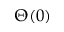
\Theta ( 0 )